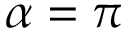
\alpha = \pi